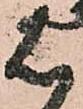
は